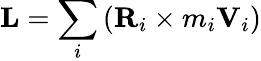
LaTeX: \mathbf{L}=\sum_{i}\left(\mathbf{R}_{i}\times m_{i}\mathbf{V}_{i}\right)